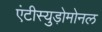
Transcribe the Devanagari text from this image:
एंटीस्युड़ोमोनल